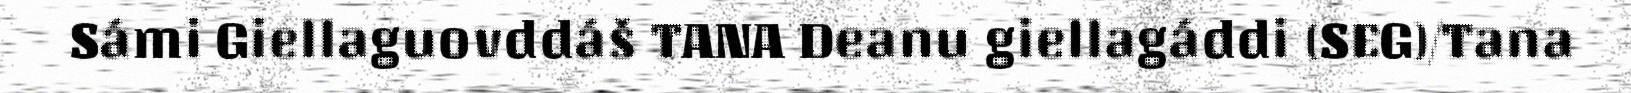
Sámi Giellaguovddáš TANA Deanu giellagáddi (SEG)/Tana